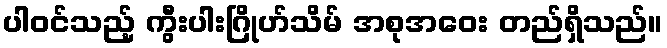
ပါဝင်သည့် ကွီးပါးဂြိုဟ်သိမ် အစုအဝေး တည်ရှိသည်။